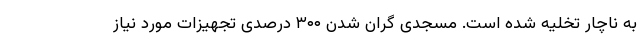
به ناچار تخلیه شده است. مسجدی گران شدن ۳۰۰ درصدی تجهیزات مورد نیاز